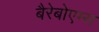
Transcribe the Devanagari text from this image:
बैरेबोएम्स